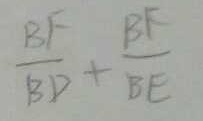
\frac { B F } { B D } + \frac { B F } { B E }